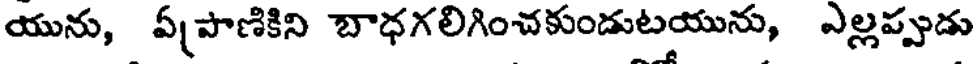
యును, ఏపాణికిని బాధగలిగించకుండుటయును, ఎల్లప్పుడు